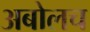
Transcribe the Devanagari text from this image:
अबोलच